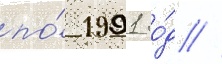
по́ 1991 го́д //